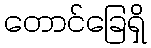
တောင်ခြေရှိ